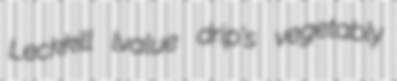
Leckkill lvalue drip's vegetably